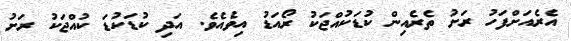
އެރެއަށްފަހު ރަށު ތެރެއިން ކުޑަކުއްޖަކު ރޯއަޑު އިވެއެވެ. އަދި ކުޑަކުޑަ ކުއްޖަކު ރަށު